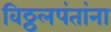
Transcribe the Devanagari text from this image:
विठ्ठलपंतांना